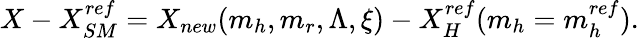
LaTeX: X-X_{SM}^{ref}=X_{new}(m_{h},m_{r},\Lambda,\xi)-X_{H}^{ref}(m_{h}=m_{h}^{ref}).